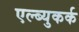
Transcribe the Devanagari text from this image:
एल्ब्युकर्क